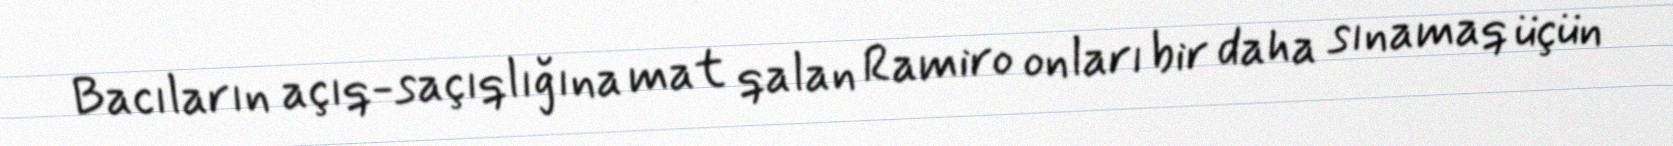
Bacıların açıq-saçıqlığına mat qalan Ramiro onları bir daha sınamaq üçün